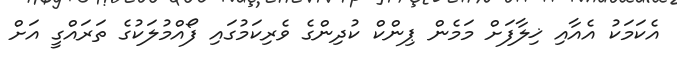
އެކަމަކު އެއާއި ޚިލާފަށް މަމެން ޕިންކް ކުދިންގެ ވެރިކަމުގައި ފޯއްމުލަކުގެ ތަރައްގީ އަށް